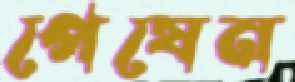
পেষেন